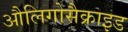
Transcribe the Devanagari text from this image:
औलिगोसैक्राइड